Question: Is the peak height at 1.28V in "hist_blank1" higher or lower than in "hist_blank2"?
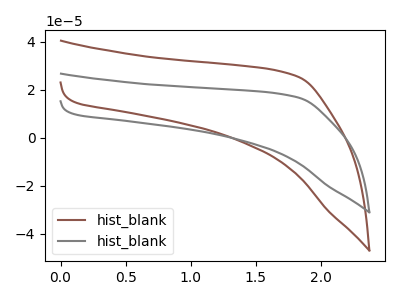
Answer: <think>The brown curve "hist_blank1" has no peaks. The gray curve "hist_blank2" has no peaks.</think>
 <answer>"hist_blank1" and "hist_blank2" dont share a peak at 1.28V.</answer>
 <eval>mismatch</eval>